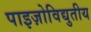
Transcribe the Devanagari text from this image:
पाइज़ोविद्युतीय